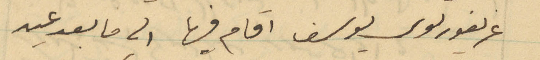
غريغوريوس يوسف اقام فيها الى ما بعد عيد